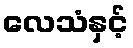
လေသံနှင့်